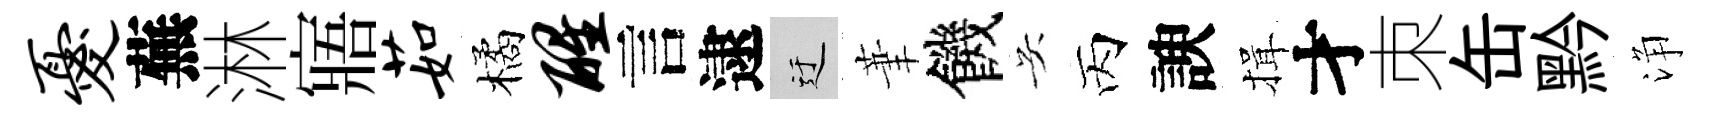
忧蕪淋寤茹橘醒言逮迂茟饑吴丙諛揖才朿缶黔浄